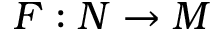
F : N \to M